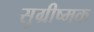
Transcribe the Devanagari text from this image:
सुग्रीष्मक